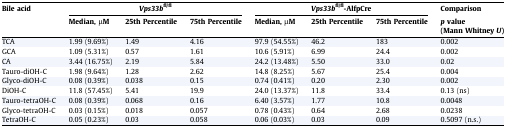
<table><thead><tr><td rowspan="2"><b>Bile acid</b></td><td colspan="3"><b><i>Vps33b</i><sup>fl/fl</sup></b></td><td colspan="3"><b><i>Vps33b</i><sup>fl/fl</sup>-AlfpCre</b></td><td><b>Comparison</b></td></tr><tr><td><b>Median, μM</b></td><td><b>25th Percentile</b></td><td><b>75th Percentile</b></td><td><b>Median, μM</b></td><td><b>25th Percentile</b></td><td><b>75th Percentile</b></td><td><b><i>p</i> value(Mann Whitney <i>U</i>)</b></td></tr></thead><tbody><tr><td>TCA</td><td>1.99 (9.69%)</td><td>1.49</td><td>4.16</td><td>97.9 (54.55%)</td><td>46.2</td><td>183</td><td>0.002</td></tr><tr><td>GCA</td><td>1.09 (5.31%)</td><td>0.57</td><td>1.61</td><td>10.6 (5.91%)</td><td>6.99</td><td>24.4</td><td>0.002</td></tr><tr><td>CA</td><td>3.44 (16.75%)</td><td>2.19</td><td>5.84</td><td>24.2 (13.48%)</td><td>5.50</td><td>33.0</td><td>0.02</td></tr><tr><td>Tauro-diOH-C</td><td>1.98 (9.64%)</td><td>1.28</td><td>2.62</td><td>14.8 (8.25%)</td><td>5.67</td><td>25.4</td><td>0.004</td></tr><tr><td>Glyco-diOH-C</td><td>0.08 (0.39%)</td><td>0.038</td><td>0.15</td><td>0.74 (0.41%)</td><td>0.20</td><td>2.30</td><td>0.002</td></tr><tr><td>DiOH-C</td><td>11.8 (57.45%)</td><td>5.41</td><td>19.9</td><td>24.0 (13.37%)</td><td>11.8</td><td>33.4</td><td>0.13 (ns)</td></tr><tr><td>Tauro-tetraOH-C</td><td>0.08 (0.39%)</td><td>0.068</td><td>0.16</td><td>6.40 (3.57%)</td><td>1.77</td><td>10.8</td><td>0.0048</td></tr><tr><td>Glyco-tetraOH-C</td><td>0.03 (0.15%)</td><td>0.018</td><td>0.057</td><td>0.78 (0.43%)</td><td>0.64</td><td>2.68</td><td>0.0238</td></tr><tr><td>TetraOH-C</td><td>0.05 (0.23%)</td><td>0.03</td><td>0.058</td><td>0.06 (0.03%)</td><td>0.03</td><td>0.09</td><td>0.5097 (n.s.)</td></tr></tbody></table>